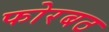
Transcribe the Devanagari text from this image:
फोरबठ